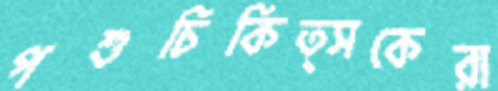
পশুচিকিত্সকেরা